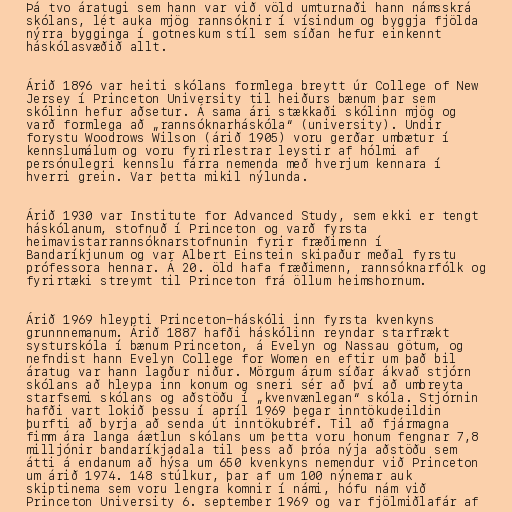
Þá tvo áratugi sem hann var við völd umturnaði hann námsskrá
skólans, lét auka mjög rannsóknir í vísindum og byggja fjölda
nýrra bygginga í gotneskum stíl sem síðan hefur einkennt
háskólasvæðið allt.

Árið 1896 var heiti skólans formlega breytt úr College of New
Jersey í Princeton University til heiðurs bænum þar sem
skólinn hefur aðsetur. Á sama ári stækkaði skólinn mjög og
varð formlega að „rannsóknarháskóla“ (university). Undir
forystu Woodrows Wilson (árið 1905) voru gerðar umbætur í
kennslumálum og voru fyrirlestrar leystir af hólmi af
persónulegri kennslu fárra nemenda með hverjum kennara í
hverri grein. Var þetta mikil nýlunda.

Árið 1930 var Institute for Advanced Study, sem ekki er tengt
háskólanum, stofnuð í Princeton og varð fyrsta
heimavistarrannsóknarstofnunin fyrir fræðimenn í
Bandaríkjunum og var Albert Einstein skipaður meðal fyrstu
prófessora hennar. Á 20. öld hafa fræðimenn, rannsóknarfólk og
fyrirtæki streymt til Princeton frá öllum heimshornum.

Árið 1969 hleypti Princeton-háskóli inn fyrsta kvenkyns
grunnnemanum. Árið 1887 hafði háskólinn reyndar starfrækt
systurskóla í bænum Princeton, á Evelyn og Nassau götum, og
nefndist hann Evelyn College for Women en eftir um það bil
áratug var hann lagður niður. Mörgum árum síðar ákvað stjórn
skólans að hleypa inn konum og sneri sér að því að umbreyta
starfsemi skólans og aðstöðu í „kvenvænlegan“ skóla. Stjórnin
hafði vart lokið þessu í apríl 1969 þegar inntökudeildin
þurfti að byrja að senda út inntökubréf. Til að fjármagna
fimm ára langa áætlun skólans um þetta voru honum fengnar 7,8
milljónir bandaríkjadala til þess að þróa nýja aðstöðu sem
átti á endanum að hýsa um 650 kvenkyns nemendur við Princeton
um árið 1974. 148 stúlkur, þar af um 100 nýnemar auk
skiptinema sem voru lengra komnir í námi, hófu nám við
Princeton University 6. september 1969 og var fjölmiðlafár af